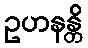
ဥဟနန္တိ